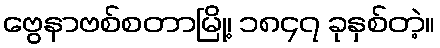
ဗွေနာဗစ်စတာမြို့၊ ၁၈၄၇ ခုနှစ်တဲ့။